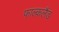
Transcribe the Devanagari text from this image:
फाल्कलैंड